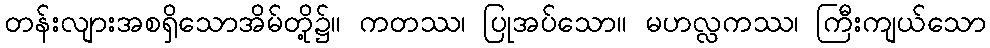
တန်းလျားအစရှိသောအိမ်တို့၌။ ကတဿ၊ ပြုအပ်သော။ မဟလ္လကဿ၊ ကြီးကျယ်သော